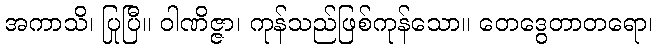
အကာသိ၊ ပြုပြီ။ ဝါဏိဇ္ဇာ၊ ကုန်သည်ဖြစ်ကုန်သော။ တေဒွေတာတရော၊